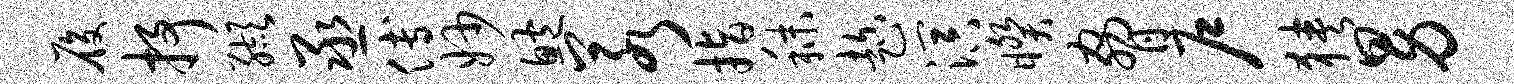
履抒缬丞傅妙鲍若指秣趁溟睽胁户狭男